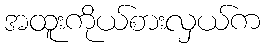
အထူးကိုယ်စားလှယ်က